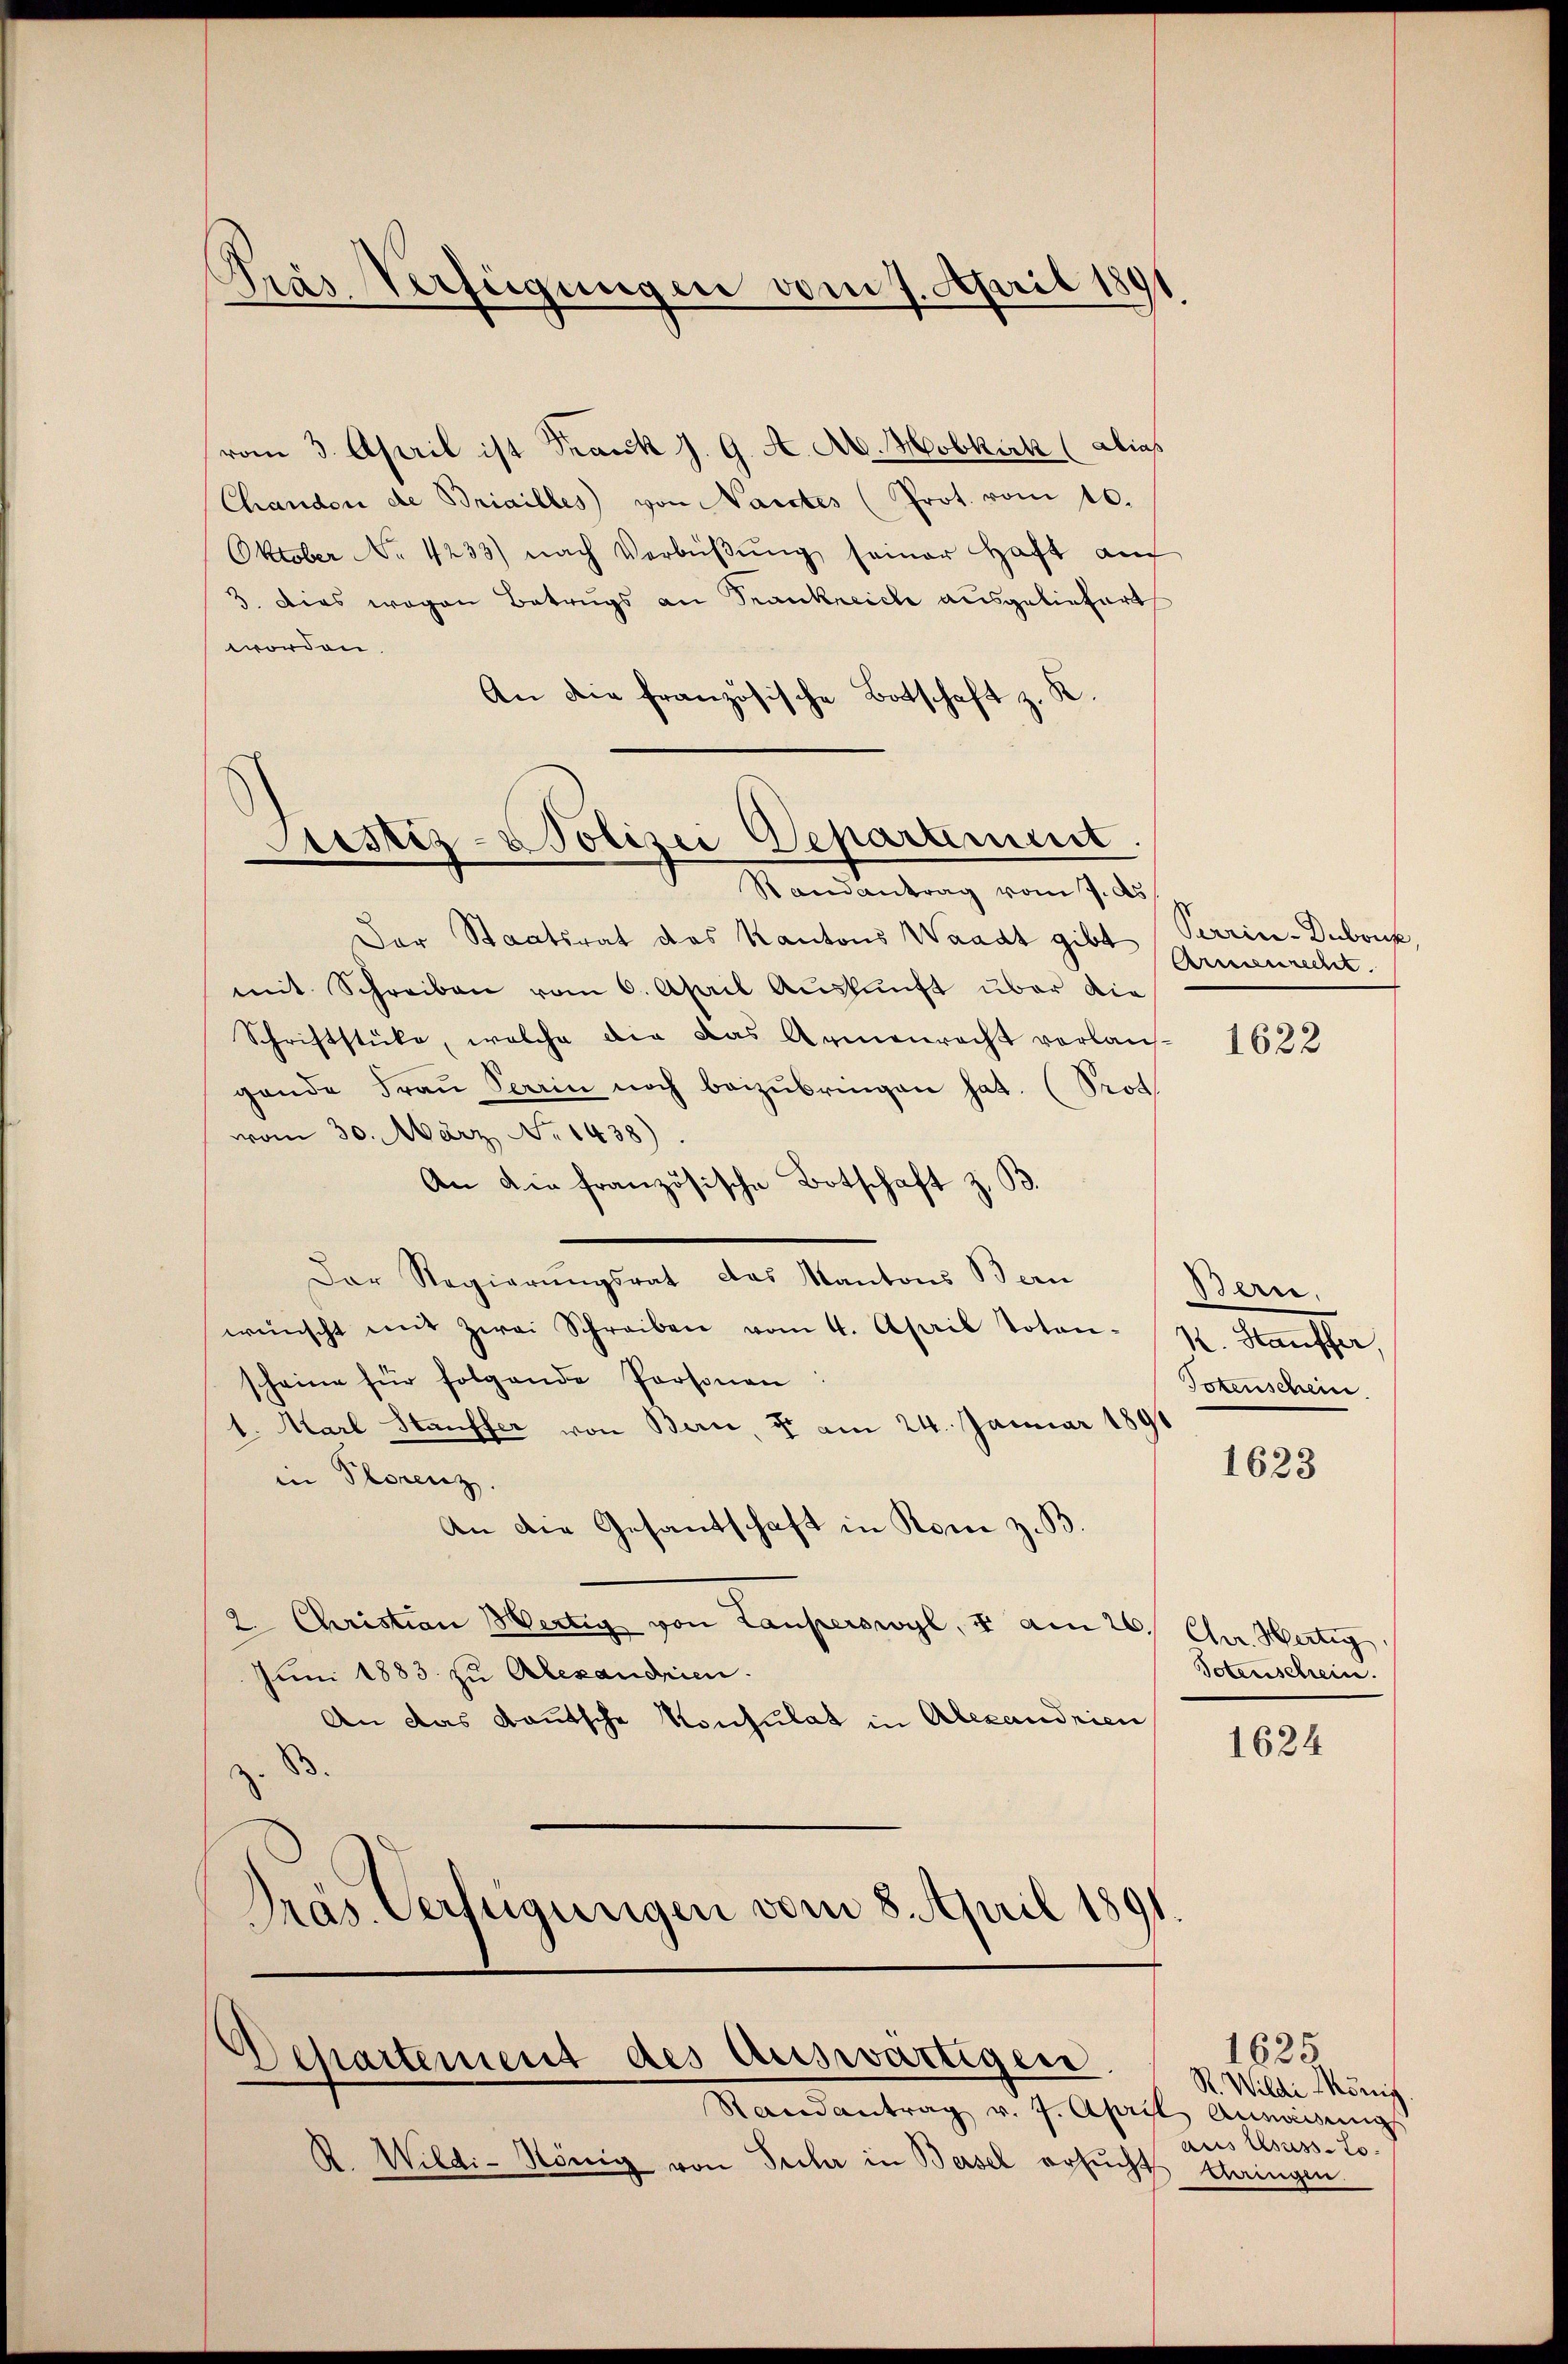
Präs. Verfügungen vom 7. April 180

vom 3. April ist Frank z. 9. A. A. Hobkik (alias
Chanden de Briailles von Nantes (Prot. vom 10.
Oktober Nr. 4233) nach Verbüβŭng seiner Haft aŭf
3. Dies wegen Betrugs an Frankreiche ausgeliefert
worden.
An die französische Botschaft z. R.

Justiz-Polizei Deparament.
Randantrag vom 7. ds

Der Staatsrat des Kantons Waadt gibt Perrin-Dubruck,
mit Schreiben vom 6. April Aŭskŭnft über die
Schriftstücke, welche die das Armenrecht verlan-
gende Fraŭ Sarin noch beizŭbringen hat. (Prot
vom 30. März No. 1438).
An die französische Botschaft z. B.
Der Regierungsrat das Kantons Bern
wünscht mit zwei Schreiben vom 4. April Toten-St. Stauffer,
scheine für folgende Personen
1. Marl Stauffer von Berne, u. am 24. Januar 1891
in Plorenz.
An die Gesandschaft in Rom z. B
2. Christian Wertig von Lauperswyl, u am 26. Chr. Hertig
Juni 1883 zu Alexandrien.
An das Kautsche Konsulat in Alexandrien
Präs. Verfügungen vom 8. April 1891

Departement des Auswärtigen.

Randantrag v. 7. April Anweisungs
A. Wildi-König von Sicher in Bersel ersucht

Armenrecht.

1622

Bern,
Totenschein.

1623

Totenschein.

1624

1625
R. Wildi König
aus Usussto.
bringen.